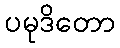
ပမုဒိတော